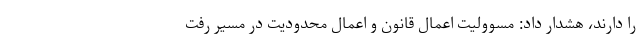
را دارند، هشدار داد: مسوولیت اعمال قانون و اعمال محدودیت در مسیر رفت